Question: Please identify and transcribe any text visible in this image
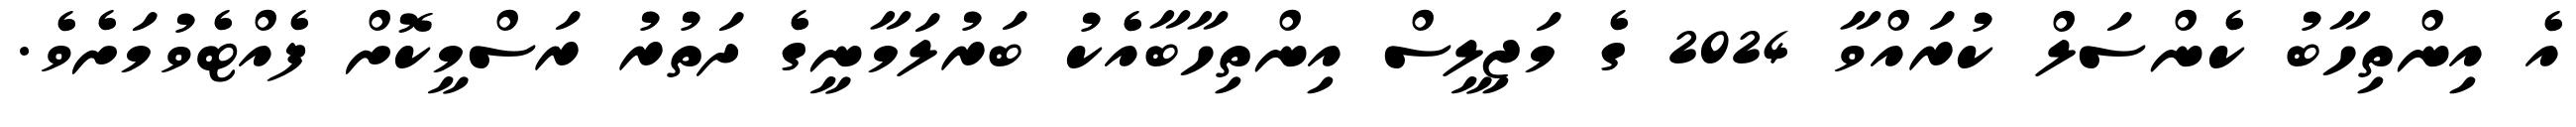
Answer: އެ އިންތިހާބު ކެންސަލް ކުރައްވާ 2024 ގެ މަޖިލީސް އިންތިހާބާއެކު ބަރުލަމާނީގެ ދަތުރު ރަސްމީކޮށް ފެއްޓެވުމަށެވެ.